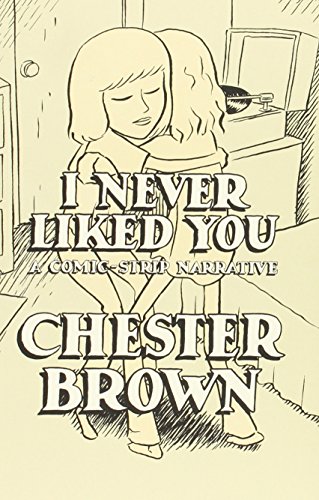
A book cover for I Never Liked You; Chester Brown; Comics & Graphic Novels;